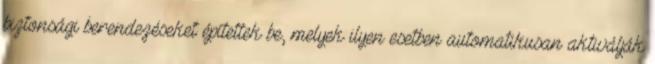
biztonsági berendezéseket építettek be, melyek ilyen esetben automatikusan aktiválják